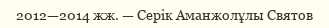
2012—2014 жж. — Серік Аманжолұлы Святов